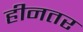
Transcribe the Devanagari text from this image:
हीनतर